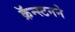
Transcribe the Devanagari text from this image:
क्रॅन्स्टनने